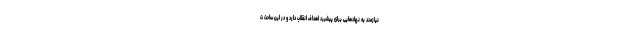
نیازمند به نهادهایی برای پیشبرد اهداف انقلاب دارد و در این ساحت ت